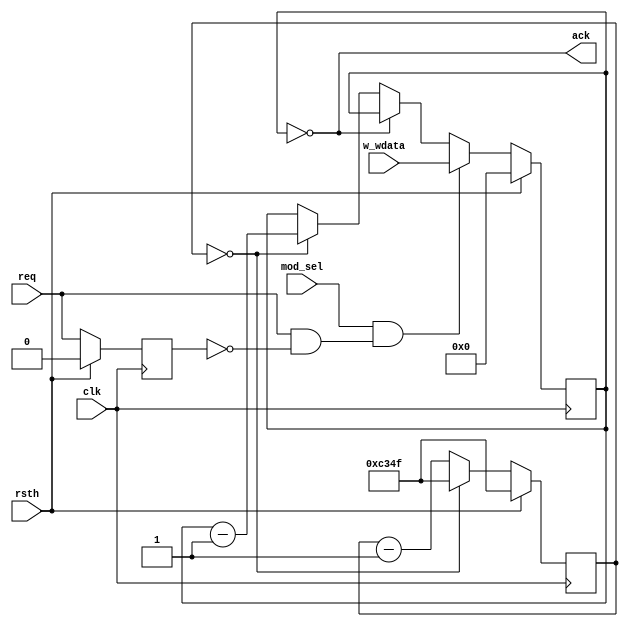
module timer_wait(
  input wire clk,
  input wire rsth,
  input wire mod_sel,
  input wire req,
  input wire [7:0] w_wdata,
  output wire ack
);

  wire        en_wait_countup;  // 1cnt = 1kHz = 50 * 1000 cyc @ 50MHz
  reg [15:0]  en_wait_cnt;      // 1`50000
  reg [7:0]   wait_cnt;
  reg         req_1d;
  wire        req_pe;

  // req
  always @(posedge clk) begin
    if(rsth) req_1d <= 0;
    else     req_1d <= req;
  end

  assign req_pe = (mod_sel) & (req & ~req_1d);

  always @(posedge clk) begin
    if(rsth) en_wait_cnt <= 49999;
    else if(en_wait_cnt == 0) en_wait_cnt <= 49999;
    else                      en_wait_cnt <= en_wait_cnt - 1;
  end
  assign en_wait_countup = (en_wait_cnt == 0);

  always @(posedge clk) begin
    if(rsth) wait_cnt <= 0;
    else if(req_pe)           wait_cnt <= w_wdata;
    else if(wait_cnt == 0)    wait_cnt <= wait_cnt;
    else if(en_wait_countup)  wait_cnt <= wait_cnt - 1;
  end

  assign ack = (wait_cnt == 0);

endmodule